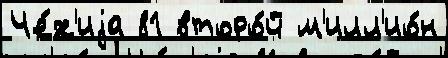
Че́х'иjа 81 второ́й м'илл'ио́н